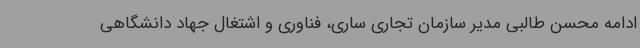
ادامه محسن طالبی مدیر سازمان تجاری ساری، فناوری و اشتغال جهاد دانشگاهی